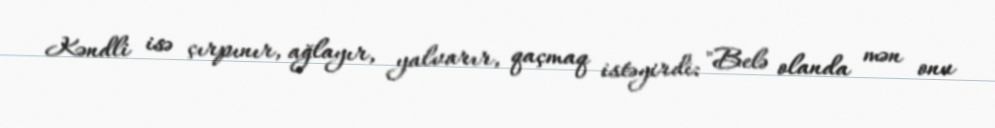
Kəndli isə çırpınır, ağlayır, yalvarır, qaçmaq istəyirdi: "Belə olanda mən onu